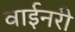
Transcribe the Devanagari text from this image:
वाईनरी